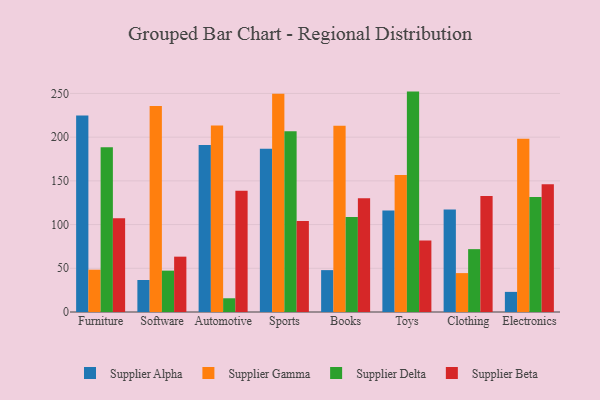
{"axis": {"x": "Category", "y": "Waste Production (Tons)"}, "legend": ["Supplier Alpha", "Supplier Beta", "Supplier Delta", "Supplier Gamma"], "data": [{"x": "Furniture", "y": 224.7, "type": "Supplier Alpha"}, {"x": "Furniture", "y": 48.4, "type": "Supplier Gamma"}, {"x": "Furniture", "y": 188.4, "type": "Supplier Delta"}, {"x": "Furniture", "y": 107.3, "type": "Supplier Beta"}, {"x": "Software", "y": 36.6, "type": "Supplier Alpha"}, {"x": "Software", "y": 235.5, "type": "Supplier Gamma"}, {"x": "Software", "y": 47.3, "type": "Supplier Delta"}, {"x": "Software", "y": 63.3, "type": "Supplier Beta"}, {"x": "Automotive", "y": 191.1, "type": "Supplier Alpha"}, {"x": "Automotive", "y": 213.4, "type": "Supplier Gamma"}, {"x": "Automotive", "y": 15.7, "type": "Supplier Delta"}, {"x": "Automotive", "y": 138.6, "type": "Supplier Beta"}, {"x": "Sports", "y": 186.8, "type": "Supplier Alpha"}, {"x": "Sports", "y": 249.6, "type": "Supplier Gamma"}, {"x": "Sports", "y": 206.8, "type": "Supplier Delta"}, {"x": "Sports", "y": 104.2, "type": "Supplier Beta"}, {"x": "Books", "y": 47.9, "type": "Supplier Alpha"}, {"x": "Books", "y": 213.0, "type": "Supplier Gamma"}, {"x": "Books", "y": 108.8, "type": "Supplier Delta"}, {"x": "Books", "y": 130.2, "type": "Supplier Beta"}, {"x": "Toys", "y": 116.1, "type": "Supplier Alpha"}, {"x": "Toys", "y": 156.8, "type": "Supplier Gamma"}, {"x": "Toys", "y": 252.1, "type": "Supplier Delta"}, {"x": "Toys", "y": 81.8, "type": "Supplier Beta"}, {"x": "Clothing", "y": 117.3, "type": "Supplier Alpha"}, {"x": "Clothing", "y": 44.5, "type": "Supplier Gamma"}, {"x": "Clothing", "y": 71.9, "type": "Supplier Delta"}, {"x": "Clothing", "y": 132.7, "type": "Supplier Beta"}, {"x": "Electronics", "y": 23.0, "type": "Supplier Alpha"}, {"x": "Electronics", "y": 198.1, "type": "Supplier Gamma"}, {"x": "Electronics", "y": 131.4, "type": "Supplier Delta"}, {"x": "Electronics", "y": 146.1, "type": "Supplier Beta"}]}